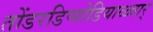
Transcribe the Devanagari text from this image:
तोंडरडिप्पोडियाळ्वार्